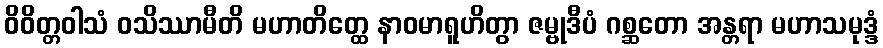
ဝိဝိတ္တဝါသံ ဝသိဿာမီတိ မဟာတိတ္ထေ နာဝမာရူဟိတွာ ဇမ္ဗုဒီပံ ဂစ္ဆတော အန္တရာ မဟာသမုဒ္ဒံ